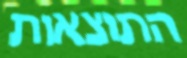
התוצאות